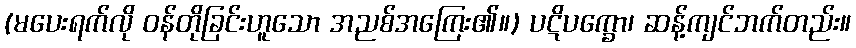
(မပေးရက်လို ဝန်တိုခြင်းဟူသော အညစ်အကြေး၏။) ပဋိပက္ခော၊ ဆန့်ကျင်ဘက်တည်း။